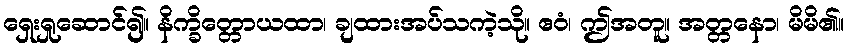
ရှေးရှုဆောင်၍။ နိက္ခိတ္တောယထာ၊ ချထားအပ်သကဲ့သို။ ဧဝံ၊ ဤအတူ။ အတ္တနော၊ မိမိ၏။